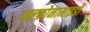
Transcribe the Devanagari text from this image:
सल्फ़ोनामाइडों